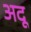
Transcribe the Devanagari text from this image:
अदू